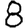
Digit: 8